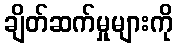
ချိတ်ဆက်မှုများကို